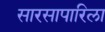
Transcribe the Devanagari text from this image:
सारसापारिला